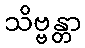
သိဗ္ဗန္တာ